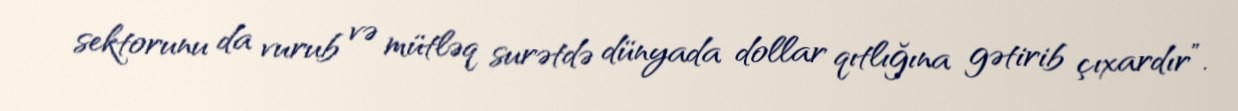
sektorunu da vurub və mütləq surətdə dünyada dollar qıtlığına gətirib çıxardır”.